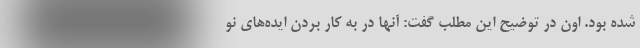
شده بود. اون در توضیح این مطلب گفت: آنها در به کار بردن ایده‌های نو